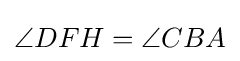
\angle DFH=\angle CBA